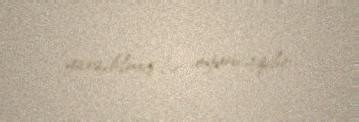
yaradılmış bir oyuncaqdır.